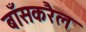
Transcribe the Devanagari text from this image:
बाँसकरैल